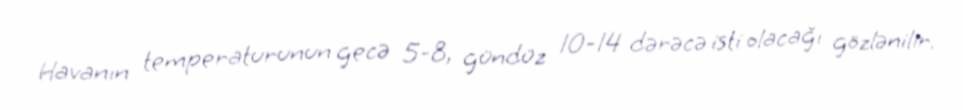
Havanın temperaturunun gecə 5-8, gündüz 10-14 dərəcə isti olacağı gözlənilir.